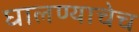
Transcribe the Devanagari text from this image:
घालण्याचेच